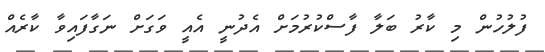
ފުލުހުން މި ކާރު ބަލާ ފާސްކުރުމަށް އެދުނީ އެއީ ވަގަށް ނަގާފައިވާ ކާރެއް